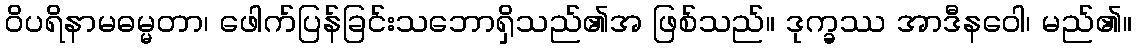
ဝိပရိနာမဓမ္မတာ၊ ဖေါက်ပြန်ခြင်းသဘောရှိသည်၏အ ဖြစ်သည်။ ဒုက္ခဿ အာဒီနဝေါ၊ မည်၏။